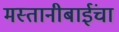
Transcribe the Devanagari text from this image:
मस्तानीबाईंचा